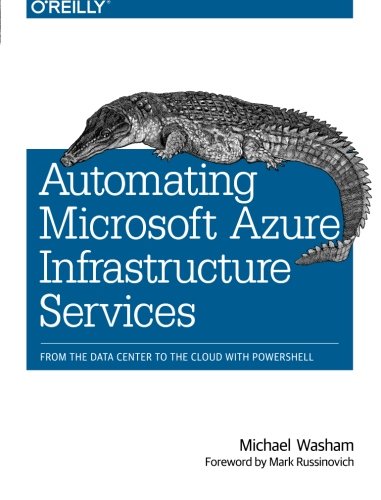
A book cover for Automating Microsoft Azure Infrastructure Services: From the Data Center to the Cloud with PowerShell; Michael Washam; Computers & Technology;